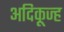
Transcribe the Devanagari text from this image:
अदिकूज्ह